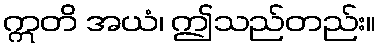
ဣတိ အယံ၊ ဤသည်တည်း။